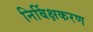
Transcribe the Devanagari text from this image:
निर्बिक्षकरण